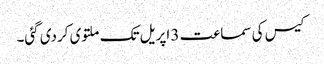
کیس کی سماعت 3 اپریل تک ملتوی کردی گئی۔